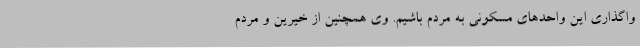
واگذاری این واحدهای مسکونی به مردم باشیم. وی همچنین از خیرین و مردم